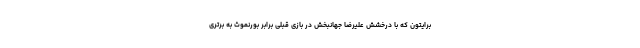
برایتون که با درخشش علیرضا جهانبخش در بازی قبلی برابر بورنموث به برتری